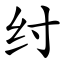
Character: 纣